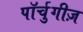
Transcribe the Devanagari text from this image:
पॉर्चुगीज़